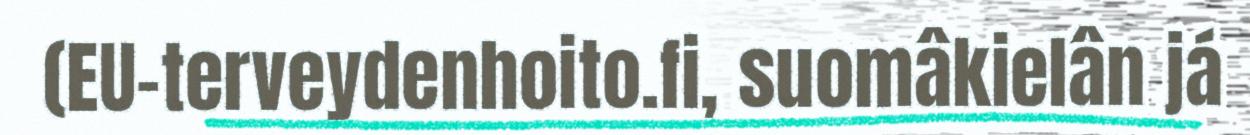
(EU-terveydenhoito.fi, suomâkielân já